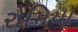
રોમિયા